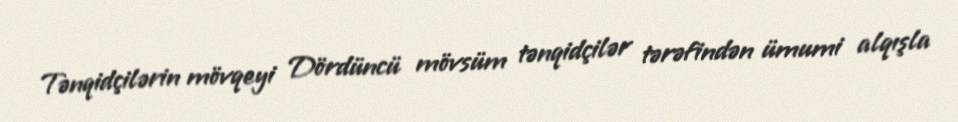
Tənqidçilərin mövqeyi Dördüncü mövsüm tənqidçilər tərəfindən ümumi alqışla